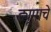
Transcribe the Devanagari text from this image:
ड्यूमाचे